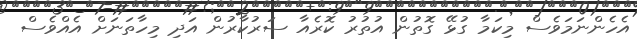
އެހެންނަމަވެސް މިކަމާ ގުޅޭ ގޮތުން އުތުރު ކޮރެއާ ސަރުކާރުން އަދި މިހާތަނަށް އެއްވެސް